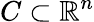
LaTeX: C\subset\mathbb{R}^{n}